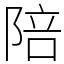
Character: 陪